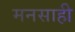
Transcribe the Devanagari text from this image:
मनसाही